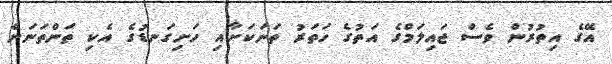
އޭގެ އިތުރުން ވެސް ޖައިލަމްގެ އަތުގެ ހަތަރު ތަނަކަށާއި ހަށިގަނޑުގެ އެކި ތަންތަނަށް